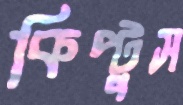
কিপ্টুস